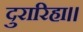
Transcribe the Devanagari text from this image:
दुरारिहा।।